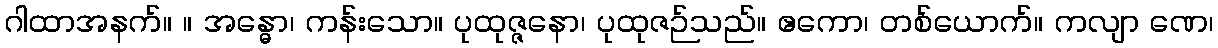
ဂါထာအနက်။ ။ အန္ဓော၊ ကန်းသော။ ပုထုဇ္ဇနော၊ ပုထုဇဉ်သည်။ ဧကော၊ တစ်ယောက်။ ကလျာ ဏေ၊